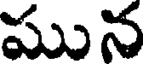
మున